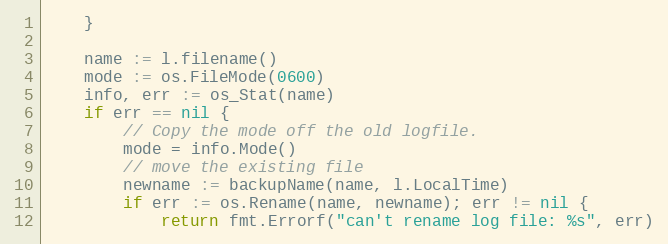
Language: Go
	}

	name := l.filename()
	mode := os.FileMode(0600)
	info, err := os_Stat(name)
	if err == nil {
		// Copy the mode off the old logfile.
		mode = info.Mode()
		// move the existing file
		newname := backupName(name, l.LocalTime)
		if err := os.Rename(name, newname); err != nil {
			return fmt.Errorf("can't rename log file: %s", err)